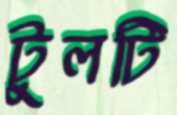
টুলটি